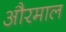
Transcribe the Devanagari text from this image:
औरमाल